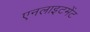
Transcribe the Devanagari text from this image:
एनलाइटमेंट